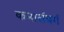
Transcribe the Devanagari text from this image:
कनार्सबर्ग